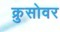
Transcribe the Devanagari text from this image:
क्रुसोवर